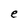
Character: e